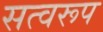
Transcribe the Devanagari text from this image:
सत्वरूप